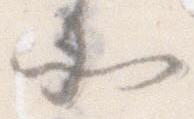
そ